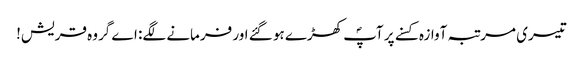
تیسری مرتبہ آوازہ کسنے پر آپؐ کھڑے ہو گئے اور فرمانے لگے: اے گروہ قریش!